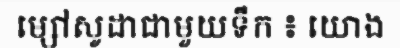
ម្សៅសូដាជាមួយទឹក ៖ យោង